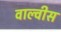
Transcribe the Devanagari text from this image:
वाल्वीस